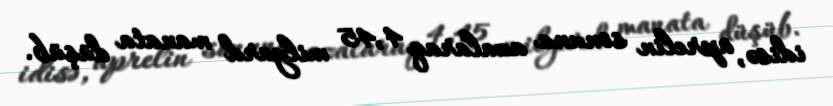
idisə, aprelin sonuna azalaraq 4,45 milyard manata düşüb.